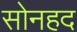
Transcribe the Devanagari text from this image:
सोनहद